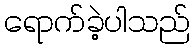
ရောက်ခဲ့ပါသည်